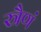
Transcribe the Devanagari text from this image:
स्त्रैणं